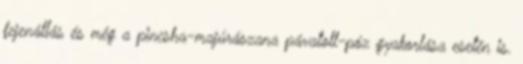
fejenállás és még a pincsha-majúrászana pávatoll-póz gyakorlása esetén is.